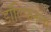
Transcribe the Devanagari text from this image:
डॉल्फिनला